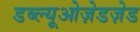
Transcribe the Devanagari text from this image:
डब्ल्यूओज़ेडज़ेड